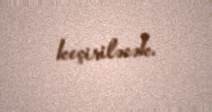
keçiriləcək.